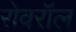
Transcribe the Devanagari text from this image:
रोवरॉल